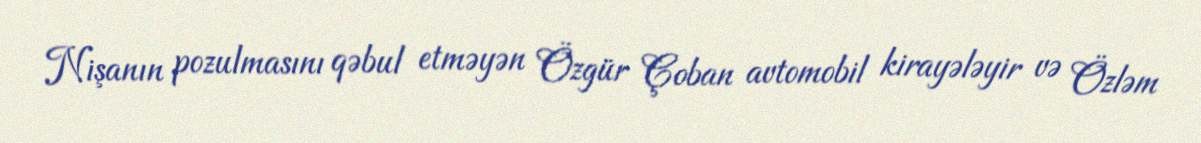
Nişanın pozulmasını qəbul etməyən Özgür Çoban avtomobil kirayələyir və Özləm